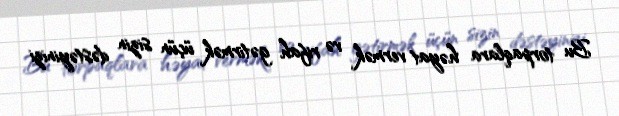
Bu torpaqlara həyat vermək və rifah gətirmək üçün sizin dəstəyinizi